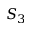
S _ { 3 }